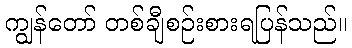
ကျွန်တော် တစ်ချီစဉ်းစားရပြန်သည်။